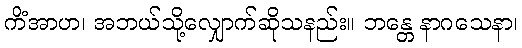
ကိံအာဟ၊ အဘယ်သို့လျှောက်ဆိုသနည်း။ ဘန္တေ နာဂသေနာ၊